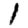
Digit: 1